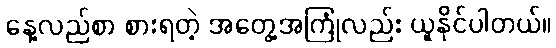
နေ့လည်စာ စားရတဲ့ အတွေ့အကြုံလည်း ယူနိုင်ပါတယ်။